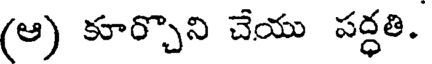
(ఆ) కూర్చొని చేయు పద్ధతి.